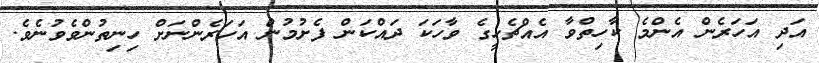
އަދި އަހަރެން އެންމެ ކާހިތްވާ އެއްޗެހީގެ ވާހަކަ ދައްކަން ފެށުމުން އަހަރެންނަށް ހިނިތުންވެވުނެވެ.